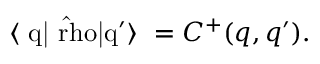
\mathrm { ~ \langle ~ { q } | { \hat { \ r h o } } | { q ^ { \prime } } \rangle ~ } = C ^ { + } ( q , q ^ { \prime } ) .